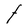
Character: t